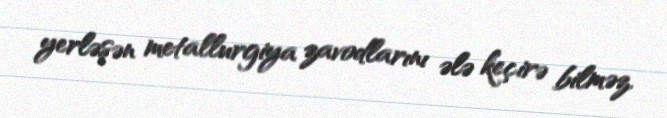
yerləşən metallurgiya zavodlarını ələ keçirə bilməz.